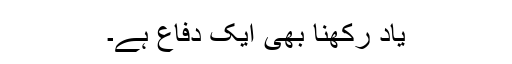
یاد رکھنا بھی ایک دفاع ہے۔